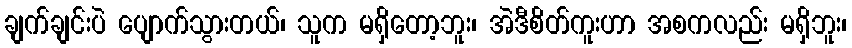
ချက်ချင်းပဲ ပျောက်သွားတယ်၊ သူက မရှိတော့ဘူး၊ အဲဒီစိတ်ကူးဟာ အစကလည်း မရှိဘူး၊